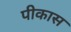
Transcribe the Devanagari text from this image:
पीकास